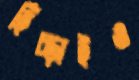
হিঁচ্‌ড়াইও